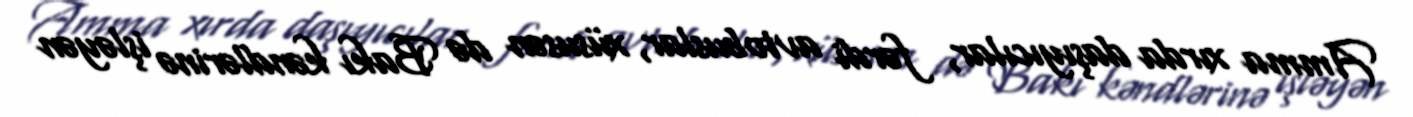
Amma xırda daşıyıcılar, fərdi avtobuslar, xüsusən də Bakı kəndlərinə işləyən